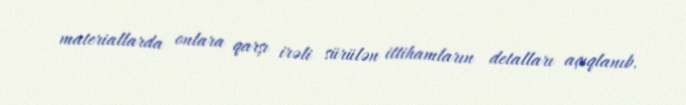
materiallarda onlara qarşı irəli sürülən ittihamların detalları açıqlanıb.